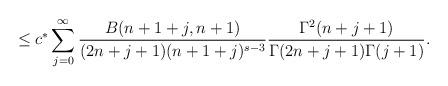
LaTeX: \begin{align*}\leq c^*\sum_{j=0}^{\infty}\frac{B(n+1+j, n+1)}{(2n+j+1)(n+1+j)^{s-3}}\frac{\Gamma^2(n+j+1)}{\Gamma(2n+j+1)\Gamma(j+1)}.\end{align*}